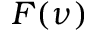
F ( \nu )